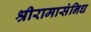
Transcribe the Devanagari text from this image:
श्रीरामासंनिध